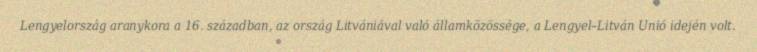
Lengyelország aranykora a 16. században, az ország Litvániával való államközössége, a Lengyel–Litván Unió idején volt.